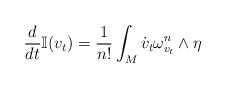
LaTeX: \begin{align*}\frac{d}{dt}\mathbb{I}(v_t)=\frac{1}{n!}\int_M \dot v_t \omega_{v_t}^n \wedge \eta\end{align*}